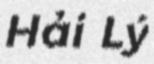
Hải Lý